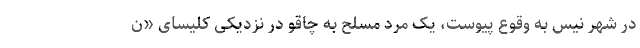
در شهر نیس به وقوع پیوست، یک مرد مسلح به چاقو در نزدیکی کلیسای «ن